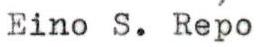
Eino S. Repo